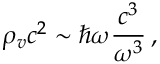
\rho _ { v } c ^ { 2 } \sim \hbar \omega \frac { c ^ { 3 } } { \omega ^ { 3 } } \, ,